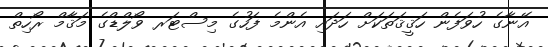
އޭނާގެ ހުވަފެން ހަޤީޤަތަކަށް ހަދައި އެންމެ ފަހުގެ މިސްޓަރ ވޯލްޑްގެ މަޤާމް ރޯހިތް